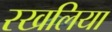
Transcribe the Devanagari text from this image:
रखलिया